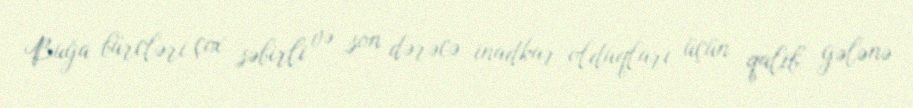
Buğa bürcləri çox səbirli və son dərəcə inadkar olduqları üçün qalib gələnə